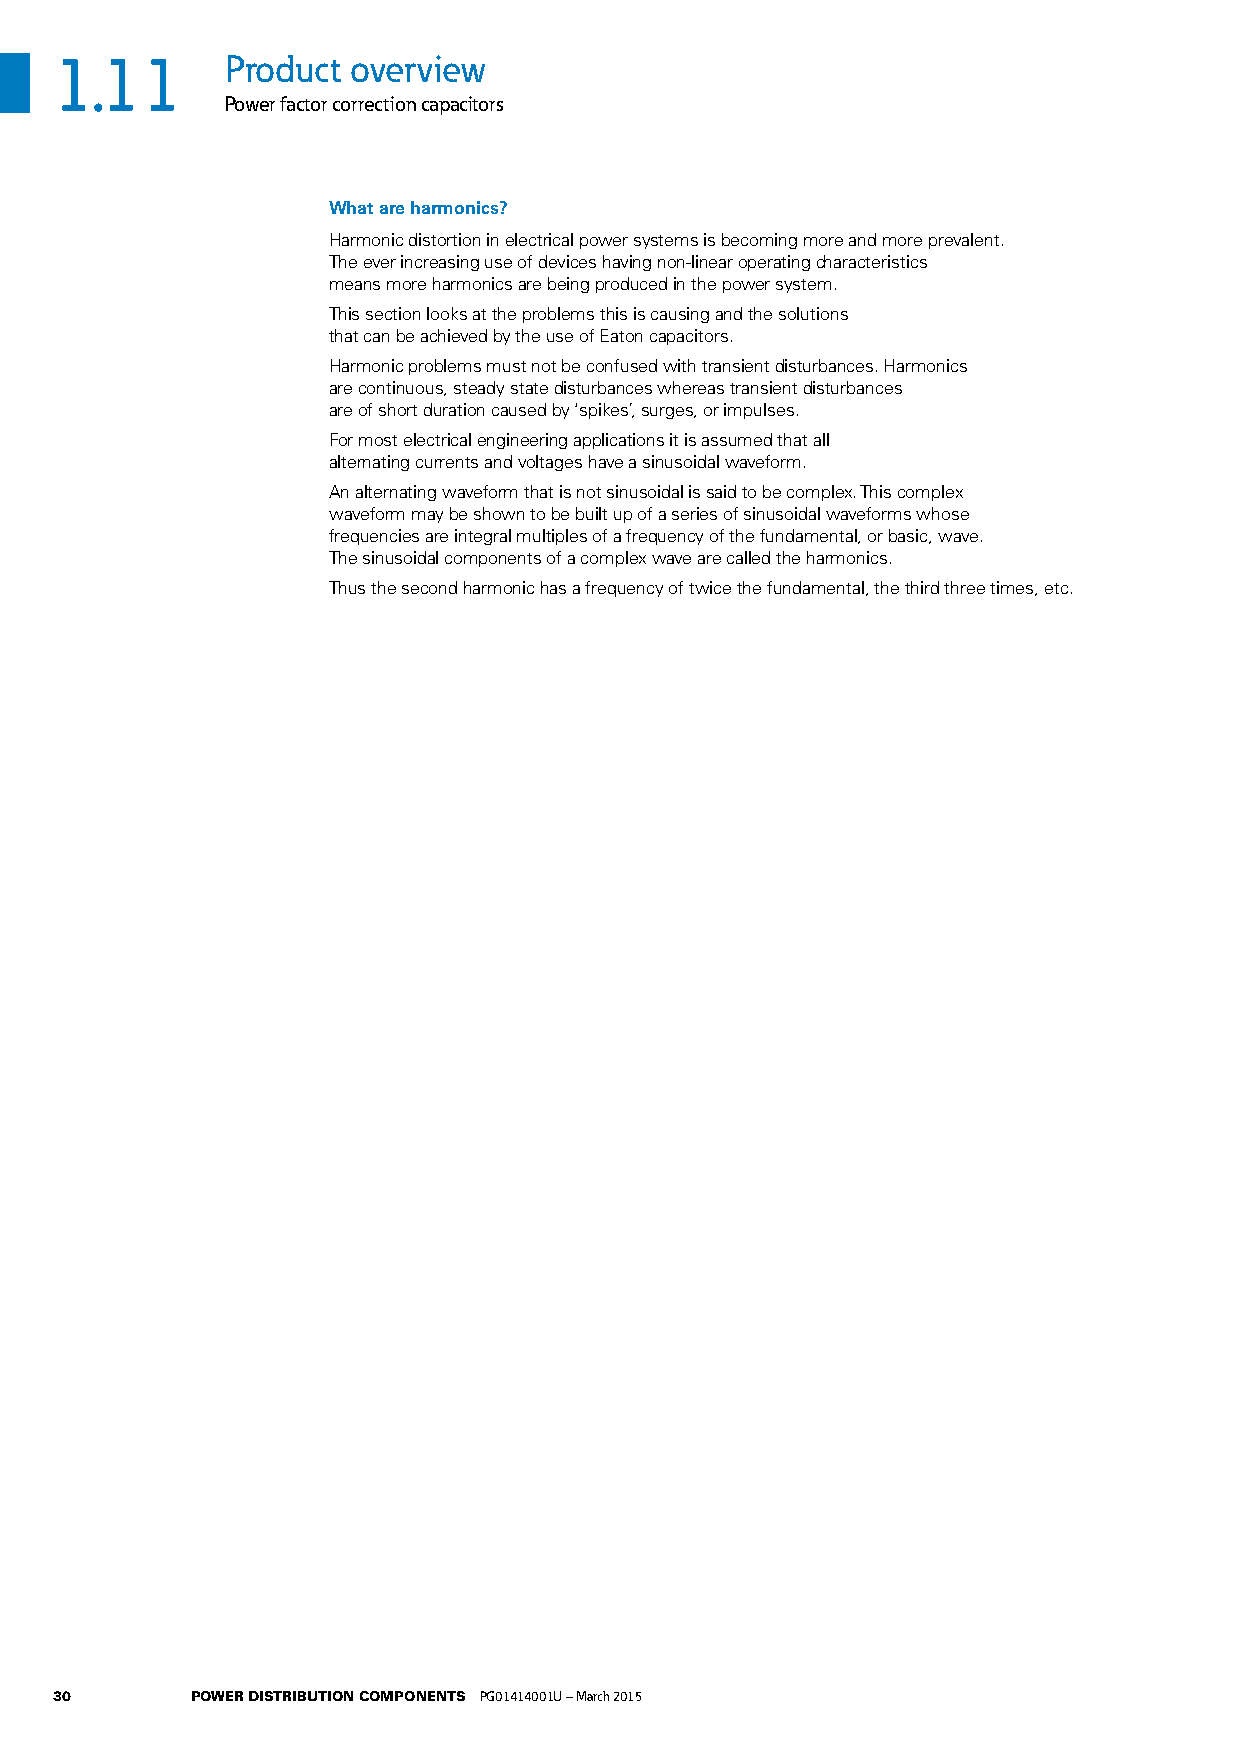
1.11       Product overview
 Power factor correction capacitors
 What are harmonics?
 Harmonic distortion in electrical power systems is becoming more and more prevalent.
 The ever increasing use of devices having non-linear operating characteristics
 means more harmonics are being produced in the power system.
 This section looks at the problems this is causing and the solutions
 that can be achieved by the use of Eaton capacitors.
 Harmonic problems must not be confused with transient disturbances. Harmonics
 are continuous, steady state disturbances whereas transient disturbances
 are of short duration caused by ‘spikes’, surges, or impulses.
 For most electrical engineering applications it is assumed that all
 alternating currents and voltages have a sinusoidal waveform.
 An alternating waveform that is not sinusoidal is said to be complex. This complex
 waveform may be shown to be built up of a series of sinusoidal waveforms whose
 frequencies are integral multiples of a frequency of the fundamental, or basic, wave.
 The sinusoidal components of a complex wave are called the harmonics.
 Thus the second harmonic has a frequency of twice the fundamental, the third three times, etc.
 30       POWER DISTRIBUTION COMPONENTS PG01414001U – March 2015